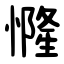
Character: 㦕